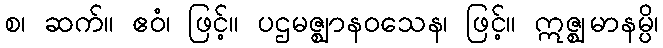
စ၊ ဆက်။ ဧဝံ၊ ဖြင့်။ ပဌမဇ္ဈာနဝသေန၊ ဖြင့်။ ဣဇ္ဈမာနမ္ပိ၊